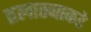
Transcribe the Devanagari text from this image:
तलाठ्याकडे